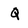
Character: Q